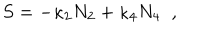
S = - \kappa _ { 2 } N _ { 2 } + \kappa _ { 4 } N _ { 4 } \; \; ,